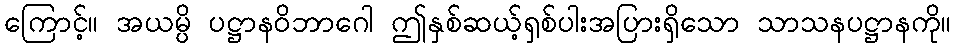
ကြောင့်။ အယမ္ပိ ပဋ္ဌာနဝိဘာဂေါ ဤနှစ်ဆယ့်ရှစ်ပါးအပြားရှိသော သာသနပဋ္ဌာနကို။